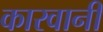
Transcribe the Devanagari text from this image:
कारवानी